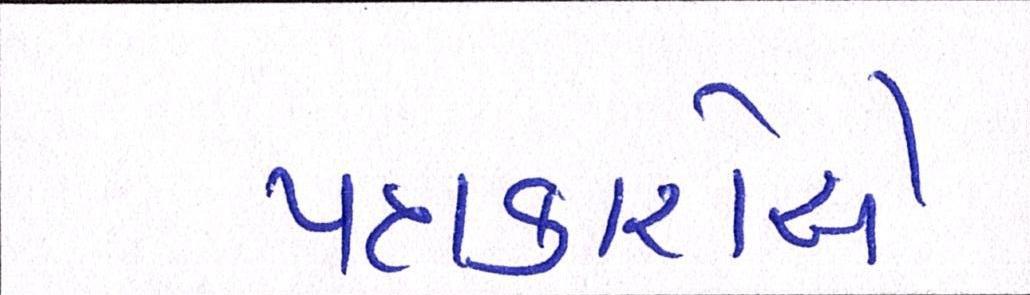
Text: પત્રકારોએ